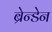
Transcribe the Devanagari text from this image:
ब्रेन्डेन